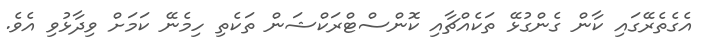
އެގެތެރޭގައި ކާން ގެންގުޅޭ ތަކެއްޗާއި ކޮންސްޓްރަކްޝަން ތަކެތި ހިމެނޭ ކަމަށް ވިދާޅުވި އެވެ.